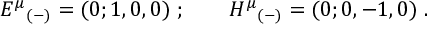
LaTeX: { E ^ { \mu } } _ { ( - ) } = ( 0 ; 1 , 0 , 0 ) \; ; \qquad { H ^ { \mu } } _ { ( - ) } = ( 0 ; 0 , - 1 , 0 ) \; .